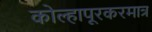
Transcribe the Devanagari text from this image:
कोल्हापूरकरमात्र